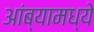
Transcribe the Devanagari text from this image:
आंब्यामध्ये